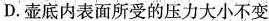
D.壶底内表面所受的压力大小不变